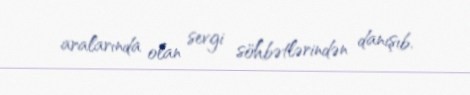
aralarında olan sevgi söhbətlərindən danışıb.